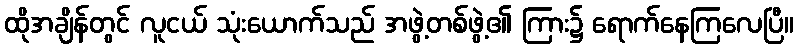
ထိုအချိန်တွင် လူငယ် သုံးယောက်သည် အဖွဲ့တစ်ဖွဲ့၏ ကြား၌ ရောက်နေကြလေပြီ။